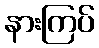
နားကြပ်